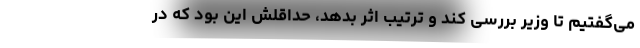
می‌گفتیم تا وزیر بررسی کند و ترتیب اثر بدهد، حداقلش این بود که در